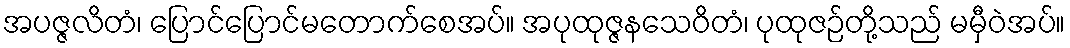
အပဇ္ဇလိတံ၊ ပြောင်ပြောင်မတောက်စေအပ်။ အပုထုဇ္ဇနသေဝိတံ၊ ပုထုဇဉ်တို့သည် မမှီဝဲအပ်။